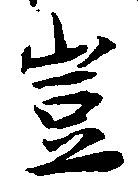
豈